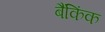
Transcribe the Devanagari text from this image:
बैंकिंक